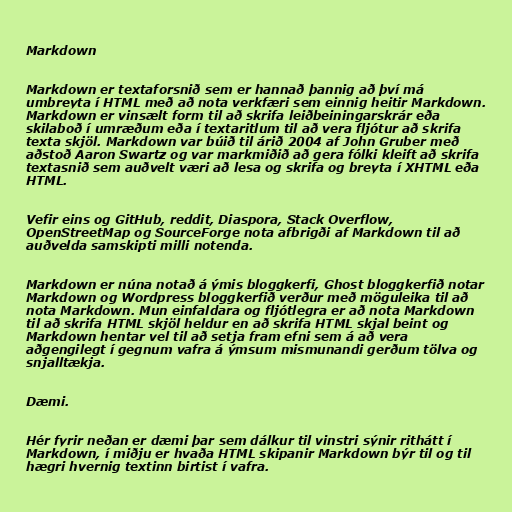
Markdown

Markdown er textaforsnið sem er hannað þannig að því má
umbreyta í HTML með að nota verkfæri sem einnig heitir Markdown.
Markdown er vinsælt form til að skrifa leiðbeiningarskrár eða
skilaboð í umræðum eða í textaritlum til að vera fljótur að skrifa
texta skjöl. Markdown var búið til árið 2004 af John Gruber með
aðstoð Aaron Swartz og var markmiðið að gera fólki kleift að skrifa
textasnið sem auðvelt væri að lesa og skrifa og breyta í XHTML eða
HTML.

Vefir eins og GitHub, reddit, Diaspora, Stack Overflow,
OpenStreetMap og SourceForge nota afbrigði af Markdown til að
auðvelda samskipti milli notenda.

Markdown er núna notað á ýmis bloggkerfi, Ghost bloggkerfið notar
Markdown og Wordpress bloggkerfið verður með möguleika til að
nota Markdown. Mun einfaldara og fljótlegra er að nota Markdown
til að skrifa HTML skjöl heldur en að skrifa HTML skjal beint og
Markdown hentar vel til að setja fram efni sem á að vera
aðgengilegt í gegnum vafra á ýmsum mismunandi gerðum tölva og
snjalltækja.

Dæmi.

Hér fyrir neðan er dæmi þar sem dálkur til vinstri sýnir rithátt í
Markdown, í miðju er hvaða HTML skipanir Markdown býr til og til
hægri hvernig textinn birtist í vafra.